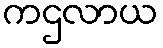
ကဌလာယ